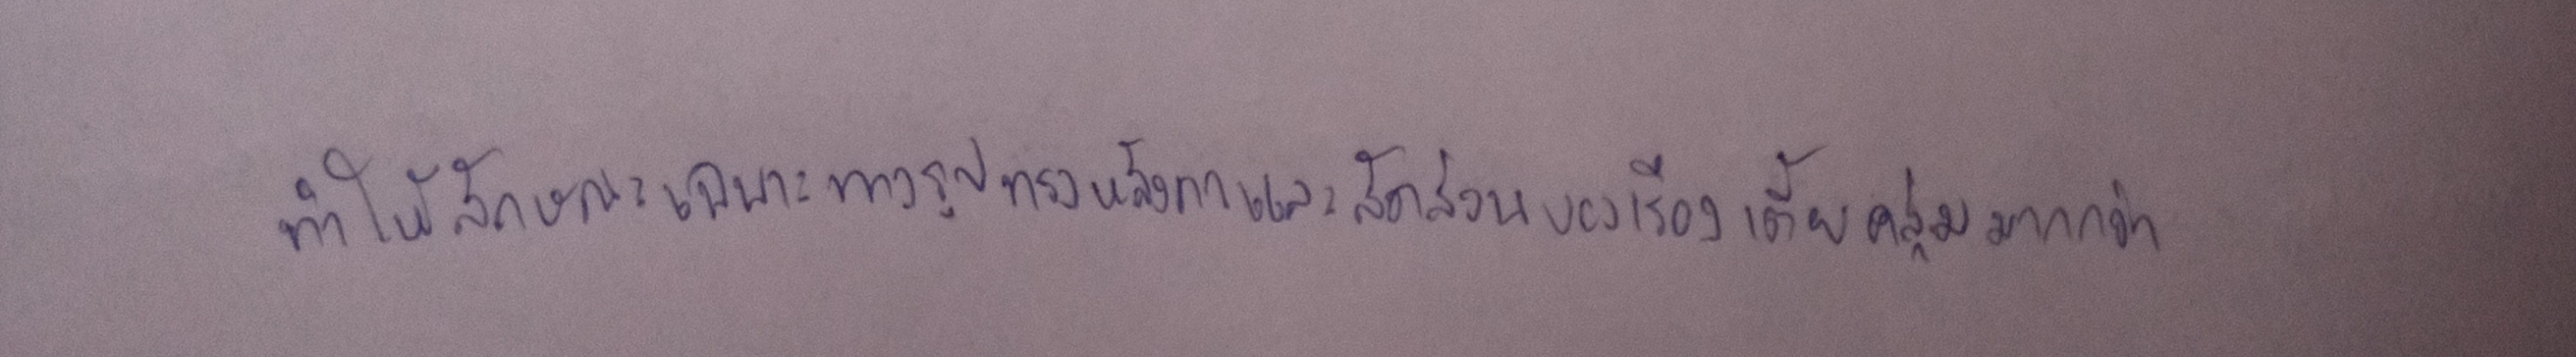
ทำให้ลักษณะเฉพาะทางรูปทรงหลังคาและสัดส่วนของเรือนเตี้ยคลุ่มมากกว่า